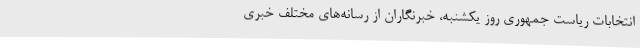
انتخابات ریاست جمهوری روز یکشنبه، خبرنگاران از رسانه‌های مختلف خبری